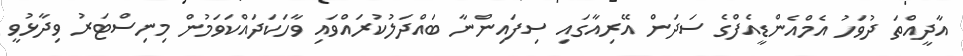
އާދީއްތަ ދުވަހު އެމްއެންޑީއެފްގެ ސަދަން އޭރިއާގައި ސިފައިންނާ ބައްދަލުކުރައްވައި ވާހަކަދައްކަވަމުން މިނިސްޓަރު ވިދާޅުވީ